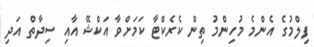
ފިލްމުގެ އެންމެ މުހިންމު ތިން ކެރެކްޓާ ކަމަށްވާ އަކްޝޭ އާއި ސިދާތް އަދި